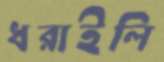
ধরাইলি